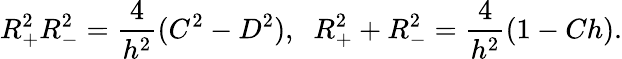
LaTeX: R_{+}^{2}R_{-}^{2}=\frac{4}{h^{2}}(C^{2}-D^{2}),\; \; R_{+}^{2}+R_{-}^{2}=\frac{4}{h^{2}}(1-Ch).